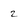
Character: 2